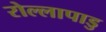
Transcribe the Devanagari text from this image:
रोल्लापाडु